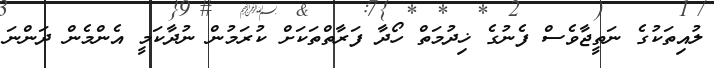
ލުއިތަކުގެ ނަތީޖާވެސް ފެނުގެ ޚިދުމަތް ހޯދާ ފަރާތްތަކަށް ކުރަމުން ނުދާކަމީ އެންމެން ދަންނަ